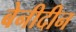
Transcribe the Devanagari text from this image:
बेनीदीन